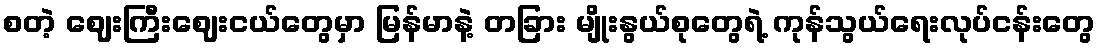
စတဲ့ ဈေးကြီးဈေးငယ်တွေမှာ မြန်မာနဲ့ တခြား မျိုးနွယ်စုတွေရဲ့ ကုန်သွယ်ရေးလုပ်ငန်းတွေ